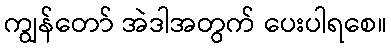
ကျွန်တော် အဲဒါအတွက် ပေးပါရစေ။